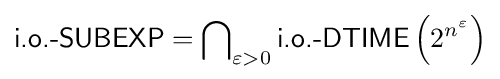
{\textsf {i.o.-SUBEXP}}=\bigcap \nolimits _{\varepsilon >0}{\textsf {i.o.-DTIME}}\left(2^{n^{\varepsilon }}\right)